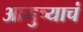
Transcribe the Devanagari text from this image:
आयुष्याचं